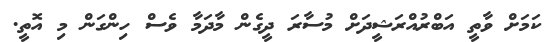
ކަމަށް ވާތީ އަބްރުއްރަޝީދަށް މުސާރަ ދީގެން މާދަމާ ވެސް ހިންގަން މި އޮތީ.